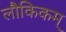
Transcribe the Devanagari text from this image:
लौकिकम्